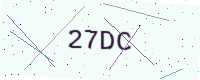
Text: 27DC